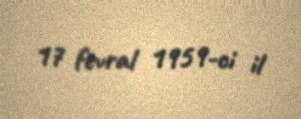
17 fevral 1959-ci il